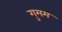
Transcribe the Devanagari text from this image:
गुमम